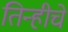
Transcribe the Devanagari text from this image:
तिन्हीचे